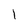
Character: 1